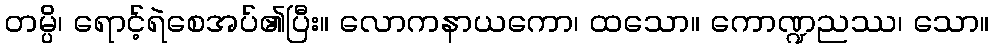
တမ္ပိ၊ ရောင့်ရဲစေအပ်၏ပြီး။ လောကနာယကော၊ ထသော။ ကောဏ္ဍညဿ၊ သော။